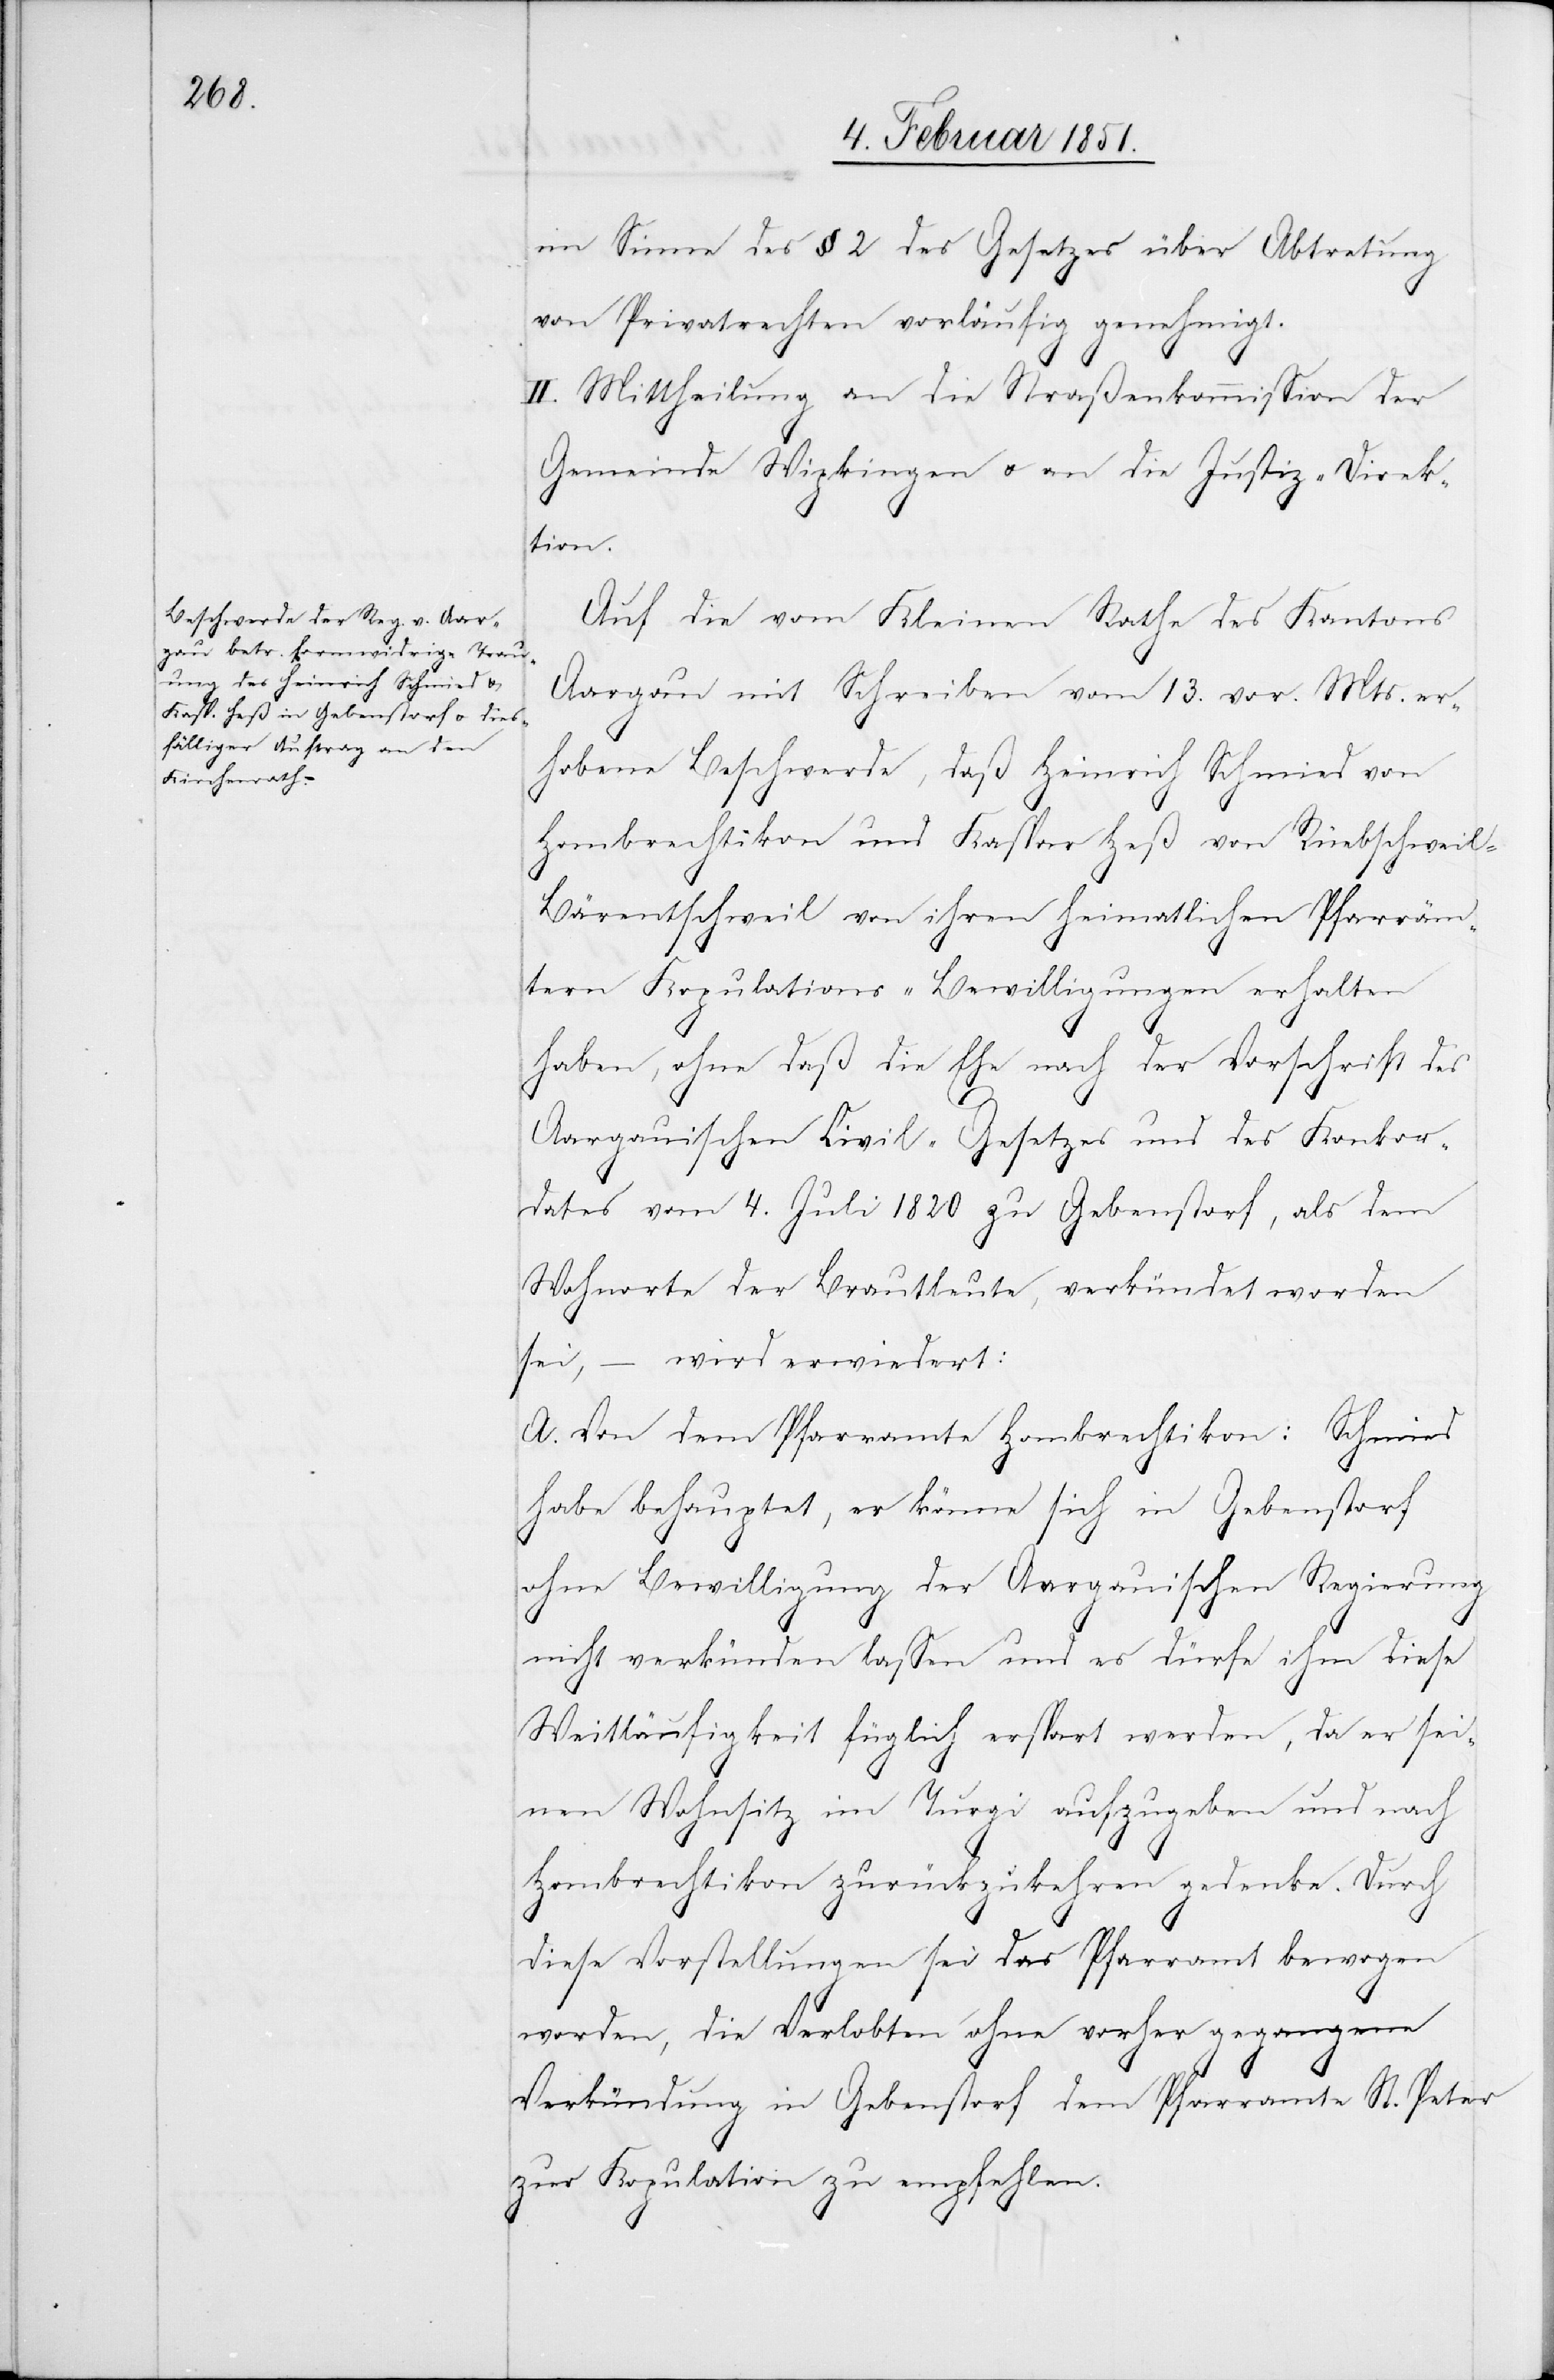
im Sinne des § 2 des Gesetzes über Abtretung
von Privatrechten vorläufig genehmigt.
II. Mittheilung an die Straßenkommission der
Gemeinde Wipkingen u. an die Justiz-Direk¬
tion.
Auf die vom Kleinen Rathe des Kantons
Aargau mit Schreiben vom 13. vor. Mts. er¬
hobene Beschwerde, daß Heinrich Schmied von
Hombrechtikon und Kaspar Heß von Rüebschweil-B¬
ärentschweil von ihren heimatlichen Pfarräm¬
tern Kopulations-Bewilligungen erhalten
haben, ohne daß die Ehe nach der Vorschrift des
Aargauischen Civil-Gesetzes und des Konkor¬
dates vom 4. Juli 1820 zu Gebenstorf, als dem
Wohnorte der Brautleute, verkündet worden
sei, – wird erwiedert:
A. Von dem Pfarramte Hombrechtikon: Schmied
habe behauptet, er könne sich in Gebenstorf
ohne Bewilligung der Aargauischen Regierung
nicht verkünden lassen und es dürfe ihm diese
Weitläufigkeit füglich erspart werden, da er sei¬
nen Wohnsitz im Turgi aufzugeben und nach
Hombrechtikon zurückzukehren gedenke. Durch
diese Vorstellungen sei das Pfarramt bewogen
worden, die Verlobten ohne vorher gegangene
Verkündung in Gebenstorf dem Pfarramte St. Peter
zur Kopulation zu empfehlen.